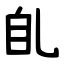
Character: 臫